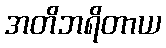
အတိဘရိတာယ